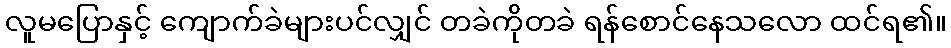
လူမပြောနှင့် ကျောက်ခဲများပင်လျှင် တခဲကိုတခဲ ရန်စောင်နေသလော ထင်ရ၏။